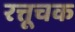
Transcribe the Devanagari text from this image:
रत्तूचक